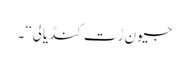
جیون رُت کنڈیالی‘‘۔